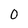
Character: 0